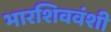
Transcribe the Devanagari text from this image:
भारशिववंशी